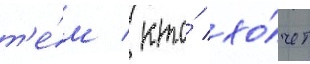
т'е́м / кто́ хо́чет